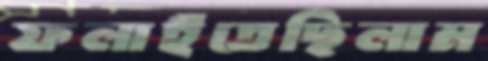
ফলাইতেছিলাম